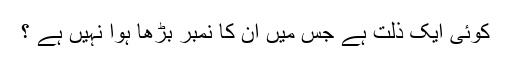
کوئی ایک ذلت ہے جس میں ان کا نمبر بڑھا ہوا نہیں ہے ؟